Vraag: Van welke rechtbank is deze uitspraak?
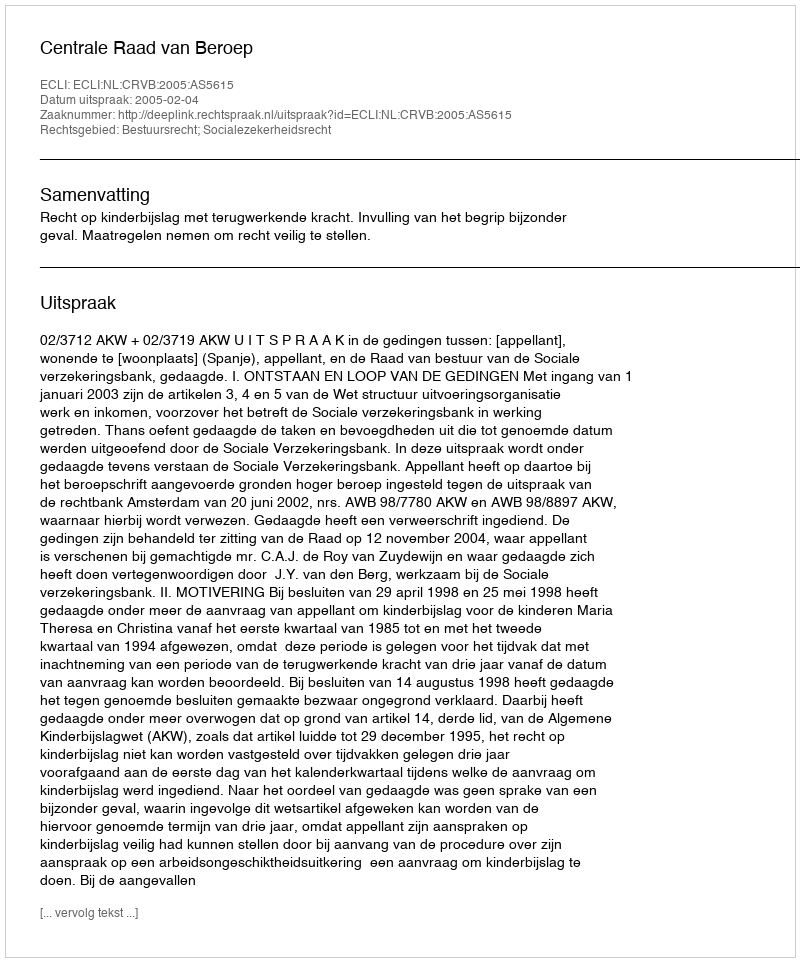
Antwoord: Centrale Raad van Beroep